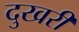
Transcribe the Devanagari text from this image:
दुखरी